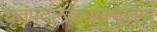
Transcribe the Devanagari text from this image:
धृतपदलांच्छनभुजंगा